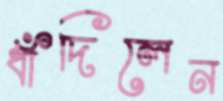
ধাঁদিলেন